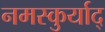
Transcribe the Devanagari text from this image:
नमस्कुर्याद्